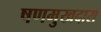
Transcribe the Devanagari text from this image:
षणमुखदास